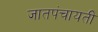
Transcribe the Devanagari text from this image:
जातपंचायती